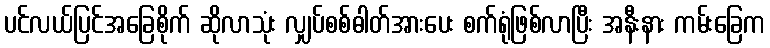
ပင်လယ်ပြင်အခြေစိုက် ဆိုလာသုံး လျှပ်စစ်ဓါတ်အားပေး စက်ရုံဖြစ်လာပြီး အနီးနား ကမ်းခြေက